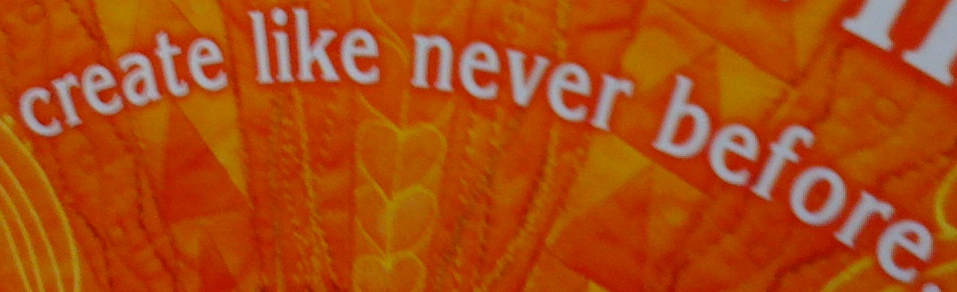
create like never before